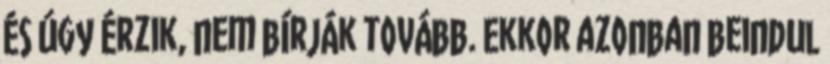
és úgy érzik, nem bírják tovább. Ekkor azonban beindul